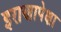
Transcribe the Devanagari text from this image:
इराणापेक्षा